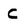
Character: C